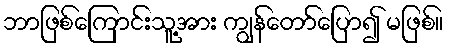
ဘာဖြစ်ကြောင်းသူ့အား ကျွန်တော်ပြော၍ မဖြစ်။